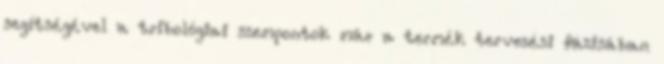
segítségével a tribológiai szempontok már a termék tervezési fázisában